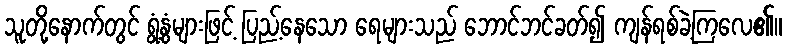
သူတို့နောက်တွင် ရွံ့နွံများဖြင့် ပြည့်နေသော ရေများသည် ဘောင်ဘင်ခတ်၍ ကျန်ရစ်ခဲ့ကြလေ၏။